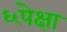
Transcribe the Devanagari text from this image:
६पेक्षा